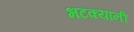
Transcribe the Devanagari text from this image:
भटक्यांनी